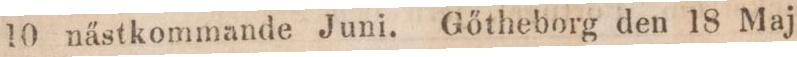
10 nästkommande Juni. Gőtheborg den 18 Maj